Indian journal of veterinary science and animal husbandry - Volume 4,
Year: 1934
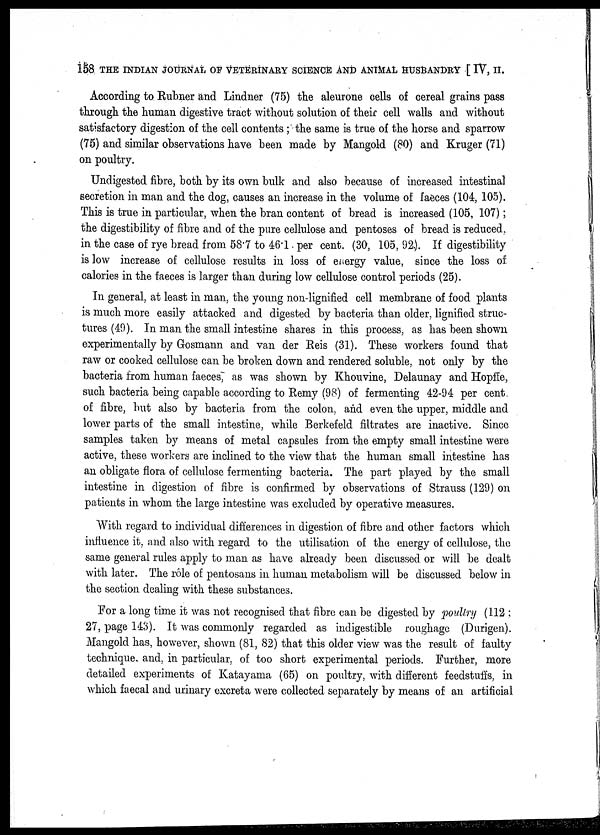
158 THE INDIAN JOURNAL OF VETERINARY SCIENCE AND ANIMAL HUSBANDRY [ IV, II.
According to Rubner and Lindner (75) the aleurone cells of cereal grains pass
through the human digestive tract without solution of their cell walls and without
satisfactory digestion of the cell contents ; the same is true of the horse and sparrow
(75) and similar observations have been made by Mangold (80) and Kruger (71)
on poultry.
Undigested fibre, both by its own bulk and also because of increased intestinal
secretion in man and the dog, causes an increase in the volume of faeces (104, 105).
This is true in particular, when the bran content of bread is increased (105, 107);
the digestibility of fibre and of the pure cellulose and pentoses of bread is reduced,
in the case of rye bread from 58.7 to 46.1 per cent. (30, 105, 92.). If digestibility
is low increase of cellulose results in loss of energy value, since the loss of
calories in the faeces is larger than during low cellulose control periods (25).
In general, at least in man, the young non-lignified cell membrane of food plants
is much more easily attacked and digested by bacteria than older, lignified struc-
tures (49). In man the small intestine shares in this process, as has been shown
experimentally by Gosmann and van der Reis (31). These workers found that
raw or cooked cellulose can be broken down and rendered soluble, not only by the
bacteria from human faeces, as was shown by Khouvine, Delaunay and Hopffe,
such bacteria being capable according to Remy (98) of fermenting 42-94 per cent.
of fibre, but also by bacteria from the colon, and even the upper, middle and
lower parts of the small intestine, while Berkefeld filtrates are inactive. Since
samples taken by means of metal capsules from the empty small intestine were
active, these workers are inclined to the view that the human small intestine has
an obligate flora of cellulose fermenting bacteria. The part played by the small
intestine in digestion of fibre is confirmed by observations of Strauss (129) on
patients in whom the large intestine was excluded by operative measures.
With regard to individual differences in digestion of fibre and other factors which
influence it, and also with regard to the utilisation of the energy of cellulose, the
same general rules apply to man as have already been discussed or will be dealt
with later. The role of pentosans in human metabolism will be discussed below in
the section dealing with these substances.
For a long time it was not recognised that fibre can be digested by poultry (112 ;
27, page 143). It was commonly regarded as indigestible roughage (Durigen).
Mangold has, however, shown (81, 82) that this older view was the result of faulty
technique. and, in particular, of too short experimental periods. Further, more
detailed experiments of Katayama (65) on poultry, with different feedstuffs, in
which faecal and urinary excreta were collected separately by means of an artificial